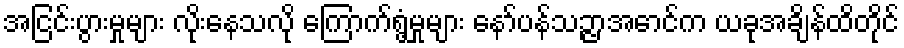
အငြင်းပွားမှုများ လိုးနေသလို ကြောက်ရွံ့မှုများ နော်ပန်သဉ္ဇာအောင်က ယခုအချိန်ထိတိုင်